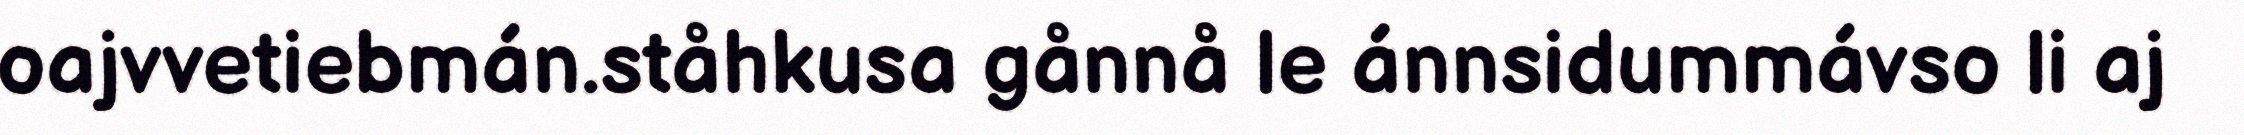
oajvvetiebmán.ståhkusa gånnå le ánnsidummávso li aj